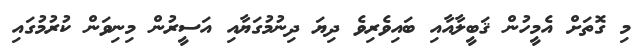
މި ގޮތަށް އެމީހުން ޤަބީލާއާއި ބައިވެރިވެ ދިޔަ ދިނުމުގަޔާއި އަސީރުން މިނިވަން ކުރުމުގައި